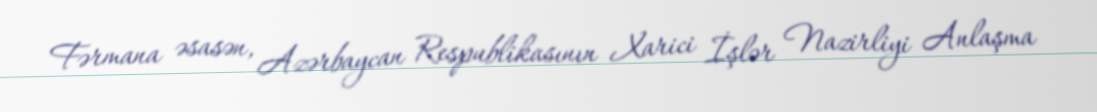
Fərmana əsasən, Azərbaycan Respublikasının Xarici İşlər Nazirliyi Anlaşma